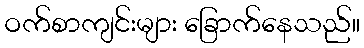
ဝက်စာကျင်းများ ခြောက်နေသည်။